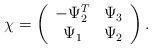
LaTeX: \begin{align*}\chi = \left( \begin{array}{cc} -\Psi_2^T & \Psi_3 \\ \Psi_1 &\Psi_2 \end{array} \right).\end{align*}